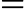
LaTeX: \mathbf{=}